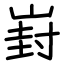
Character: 崶